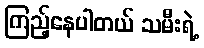
ကြည့်နေပါတယ် သမီးရဲ့